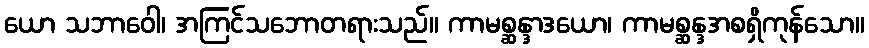
ယော သဘာဝေါ၊ အကြင်သဘောတရားသည်။ ကာမစ္ဆန္ဒာဒယော၊ ကာမစ္ဆန္ဒအစရှိကုန်သော။